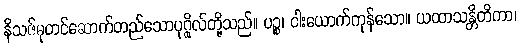
နိသဇ်ဓုတင်ဆောက်တည်သောပုဂ္ဂိုလ်တို့သည်။ ပဉ္စ၊ ငါးယောက်ကုန်သော။ ယထာသန္တိတိကာ၊